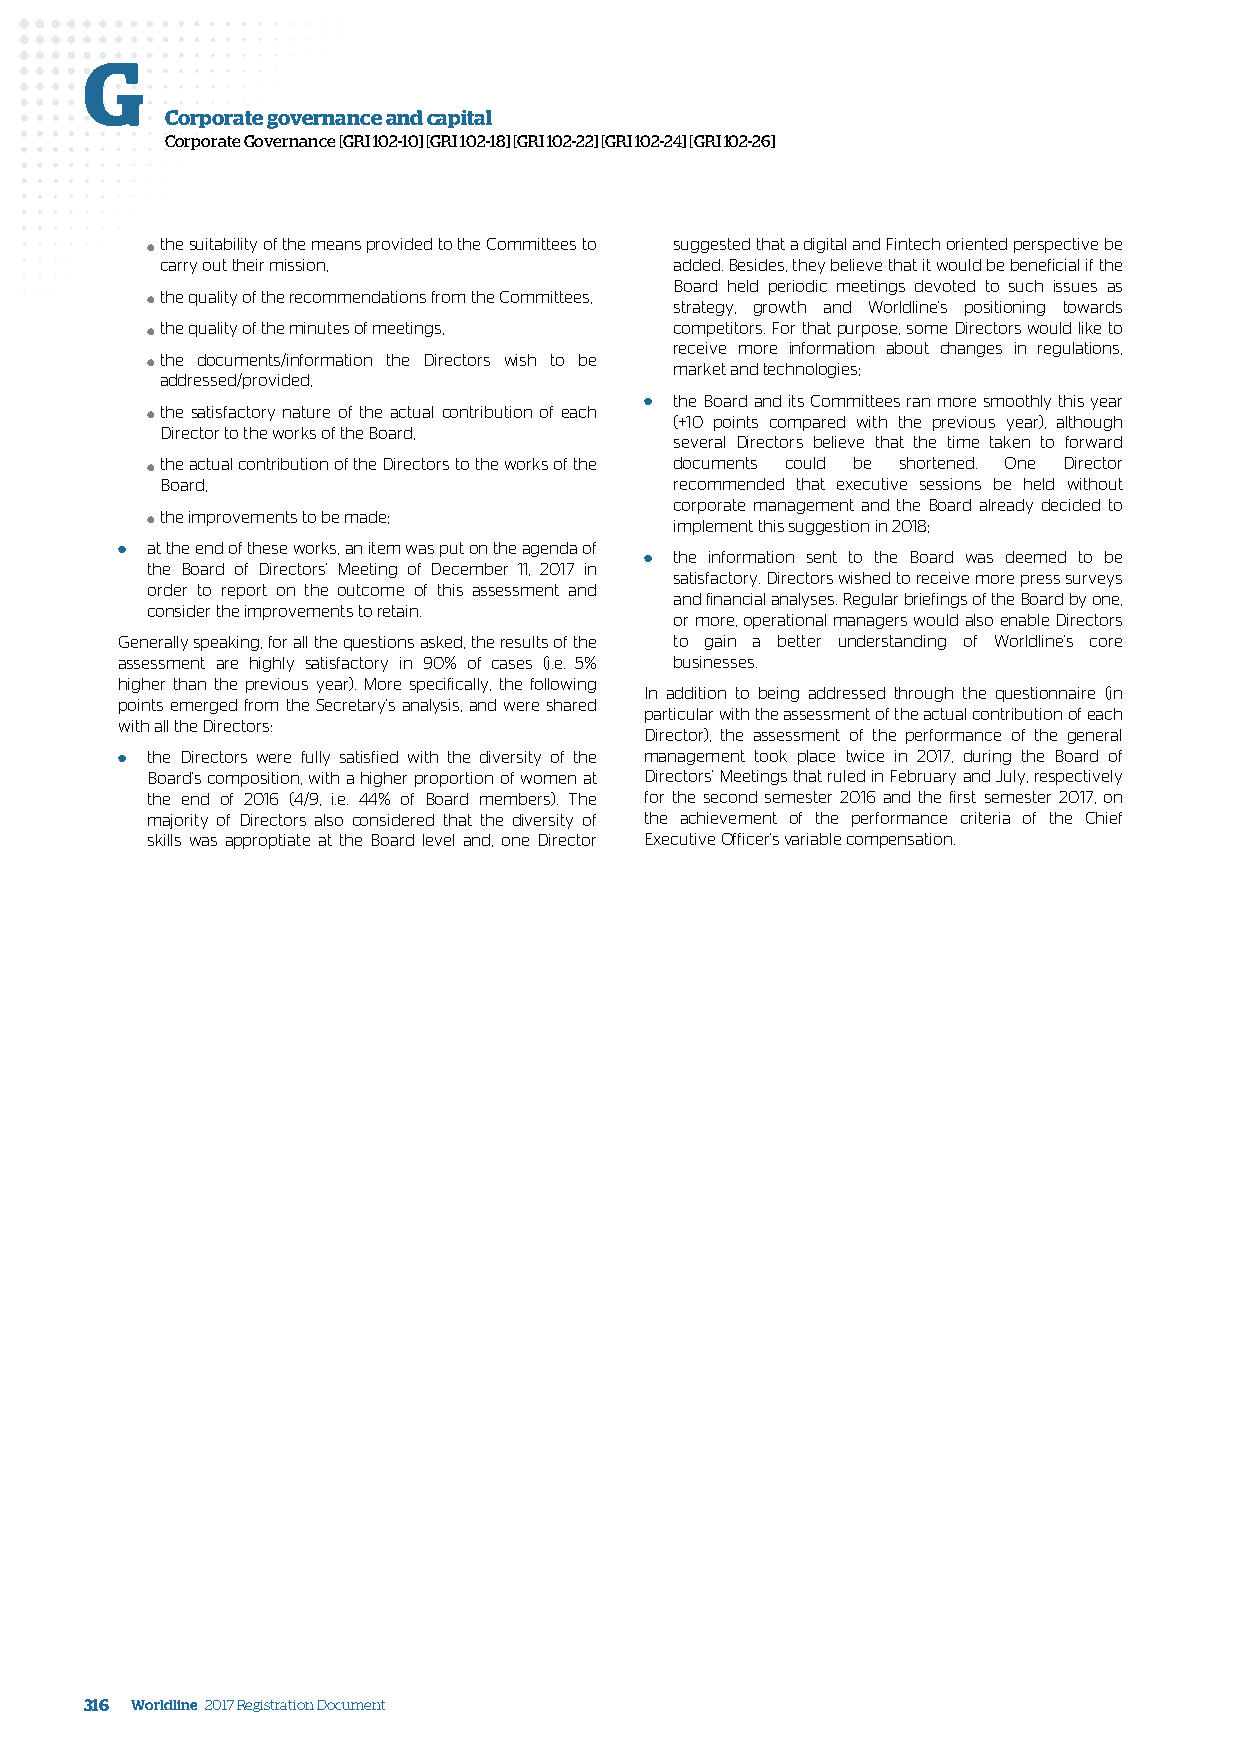
G
 Corporate governance and capital
 Corporate Governance [GRI 102-10] [GRI 102-18] [GRI 102-22] [GRI 102-24] [GRI 102-26]
 the suitability of the means provided to the Committees to suggested that a digital and Fintech oriented perspective be
 ●
 carry out their mission,          added. Besides, they believe that it would be beneficial if the
 Board held periodic meetings devoted to such issues as
 the quality of the recommendations from the Committees,
 ●                                  strategy, growth and Worldline's positioning towards
 the quality of the minutes of meetings, competitors. For that purpose, some Directors would like to
 ●
 receive more information about changes in regulations,
 the documents/information the Directors wish to be
 ●                                  market and technologies;
 addressed/provided,
 the satisfactory nature of the actual contribution of each ● the Board and its Committees ran more smoothly this year
 ●                                  (+10 points compared with the previous year), although
 Director to the works of the Board,
 several Directors believe that the time taken to forward
 the actual contribution of the Directors to the works of the documents could be shortened. One Director
 ●
 Board,                            recommended that executive sessions be held without
 corporate management and the Board already decided to
 the improvements to be made;
 ●                                  implement this suggestion in 2018;
 ● a tht eth Be oe an rd d o of ft h De is re e cw too rr sk ' s M, a en e i tt ie nm g w ofa s D p eu ct e o mn b t eh re 1a 1,g 2e 0nd 17a o inf ● the information sent to the Board was deemed to be
 satisfactory. Directors wished to receive more press surveys
 order to report on the outcome of this assessment and
 and financial analyses. Regular briefings of the Board by one,
 consider the improvements to retain.
 or more, operational managers would also enable Directors
 Generally speaking, for all the questions asked, the results of the to gain a better understanding of Worldline's core
 assessment are highly satisfactory in 90% of cases (i.e. 5% businesses.
 higher than the previous year). More specifically, the following
 In addition to being addressed through the questionnaire (in
 points emerged from the Secretary's analysis, and were shared
 particular with the assessment of the actual contribution of each
 with all the Directors:
 Director), the assessment of the performance of the general
 ● the Directors were fully satisfied with the diversity of the management took place twice in 2017, during the Board of
 Board's composition, with a higher proportion of women at Directors' Meetings that ruled in February and July, respectively
 the end of 2016 (4/9, i.e. 44% of Board members). The for the second semester 2016 and the first semester 2017, on
 majority of Directors also considered that the diversity of the achievement of the performance criteria of the Chief
 skills was approptiate at the Board level and, one Director Executive Officer's variable compensation.
 316 Worldline 2017 Registration Document